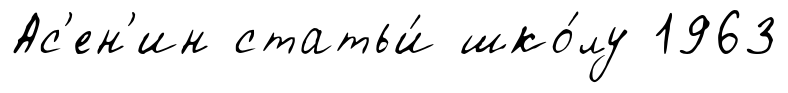
Ас'ен'ин статьи́ шко́лу 1963